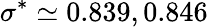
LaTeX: \sigma^{*}\simeq 0.839,0.846